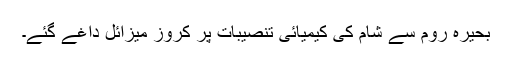
بحیرہ روم سے شام کی کیمیائی تنصیبات پر کروز میزائل داغے گئے۔